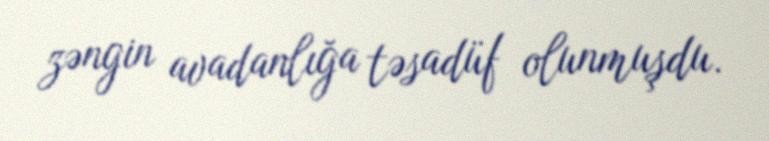
zəngin avadanlığa təsadüf olunmuşdu.